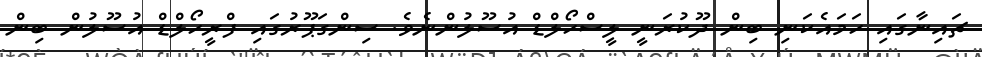
ޗައިނާގައި ހަމައެކަނި ބިން ދޫކުރަނީ ލީސްހޯލްޑް އުސޫލުންނެވެ. ސިންގަޕޫރުގައި ފްރީހޯލްޑް އުސޫލުން ބިން